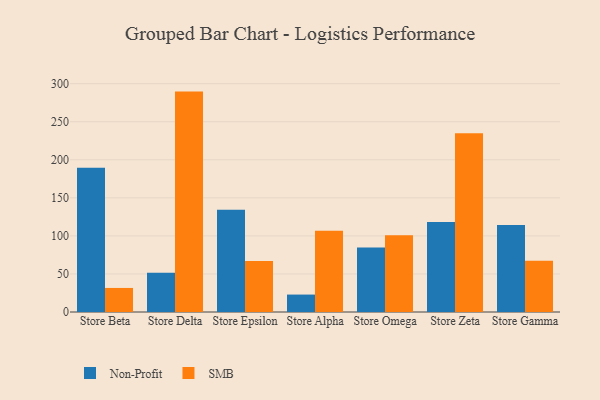
{"axis": {"x": "Store", "y": "Net Income (USD K)"}, "legend": ["Non-Profit", "SMB"], "data": [{"x": "Store Beta", "y": 189.5, "type": "Non-Profit"}, {"x": "Store Beta", "y": 31.6, "type": "SMB"}, {"x": "Store Delta", "y": 51.6, "type": "Non-Profit"}, {"x": "Store Delta", "y": 289.6, "type": "SMB"}, {"x": "Store Epsilon", "y": 134.5, "type": "Non-Profit"}, {"x": "Store Epsilon", "y": 66.9, "type": "SMB"}, {"x": "Store Alpha", "y": 22.9, "type": "Non-Profit"}, {"x": "Store Alpha", "y": 106.7, "type": "SMB"}, {"x": "Store Omega", "y": 84.7, "type": "Non-Profit"}, {"x": "Store Omega", "y": 101.0, "type": "SMB"}, {"x": "Store Zeta", "y": 118.2, "type": "Non-Profit"}, {"x": "Store Zeta", "y": 235.0, "type": "SMB"}, {"x": "Store Gamma", "y": 114.3, "type": "Non-Profit"}, {"x": "Store Gamma", "y": 67.5, "type": "SMB"}]}